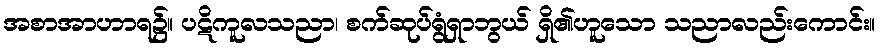
အစာအာဟာရ၌။ ပဋိကူလသညာ၊ စက်ဆုပ်ရွံရှာဘွယ် ရှိ၏ဟူသော သညာလည်းကောင်း။